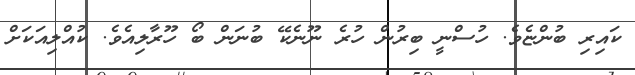
ކައިރި ބުންޏެވެ. ހުސްނީ ބިރުން ހުރެ ނޫނެކޭ ބުނަން ބޯ ހޫރާލިއެވެ. ކުއްލިއަކަށް